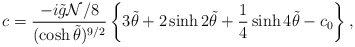
\begin{align*}c={-i\tilde{g}{\cal N}/8 \over (\cosh\tilde\theta)^{9/2}}\left\{3\tilde\theta + 2\sinh 2\tilde\theta +{1\over 4}\sinh 4\tilde\theta-c_0\right\},\end{align*}